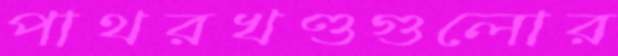
পাথরখণ্ডগুলোর